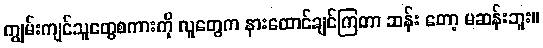
ကျွမ်းကျင်သူတွေစကားကို လူတွေက နားထောင်ချင်ကြတာ ဆန်း တော့ မဆန်းဘူး။